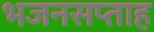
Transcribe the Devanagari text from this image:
भजनसप्‍ताह